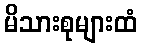
မိသားစုများထံ